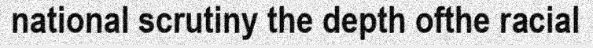
national scrutiny the depth ofthe racial